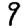
Digit: 9